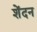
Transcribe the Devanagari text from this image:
शेंदन